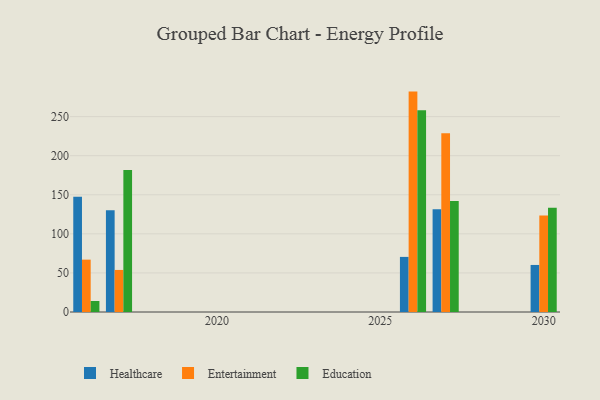
{"axis": {"x": "Year", "y": "Gross Profit (USD K)"}, "legend": ["Education", "Entertainment", "Healthcare"], "data": [{"x": "2016", "y": 147.5, "type": "Healthcare"}, {"x": "2016", "y": 67.0, "type": "Entertainment"}, {"x": "2016", "y": 14.1, "type": "Education"}, {"x": "2027", "y": 131.6, "type": "Healthcare"}, {"x": "2027", "y": 228.6, "type": "Entertainment"}, {"x": "2027", "y": 141.9, "type": "Education"}, {"x": "2017", "y": 130.1, "type": "Healthcare"}, {"x": "2017", "y": 53.8, "type": "Entertainment"}, {"x": "2017", "y": 181.7, "type": "Education"}, {"x": "2030", "y": 60.2, "type": "Healthcare"}, {"x": "2030", "y": 123.4, "type": "Entertainment"}, {"x": "2030", "y": 133.5, "type": "Education"}, {"x": "2026", "y": 70.5, "type": "Healthcare"}, {"x": "2026", "y": 282.0, "type": "Entertainment"}, {"x": "2026", "y": 258.1, "type": "Education"}]}